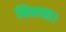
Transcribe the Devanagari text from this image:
निभाता।